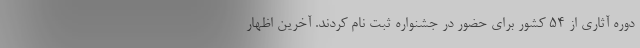
دوره آثاری از 54 کشور برای حضور در جشنواره ثبت نام کردند. آخرین اظهار